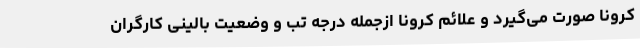
کرونا صورت می‌گیرد و علائم کرونا ازجمله درجه تب و وضعیت بالینی کارگران